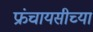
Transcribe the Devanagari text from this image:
फ्रंचायसीच्या